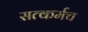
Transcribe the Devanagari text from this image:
सत्कर्मच